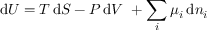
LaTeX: \mathrm { d } U = T \, \mathrm { d } S - P \, \mathrm { d } V \ + \sum _ { i } \mu _ { i } \, \mathrm { d } n _ { i }